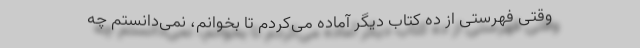
وقتی فهرستی از ده کتاب دیگر آماده می‌کردم تا بخوانم، نمی‌دانستم چه